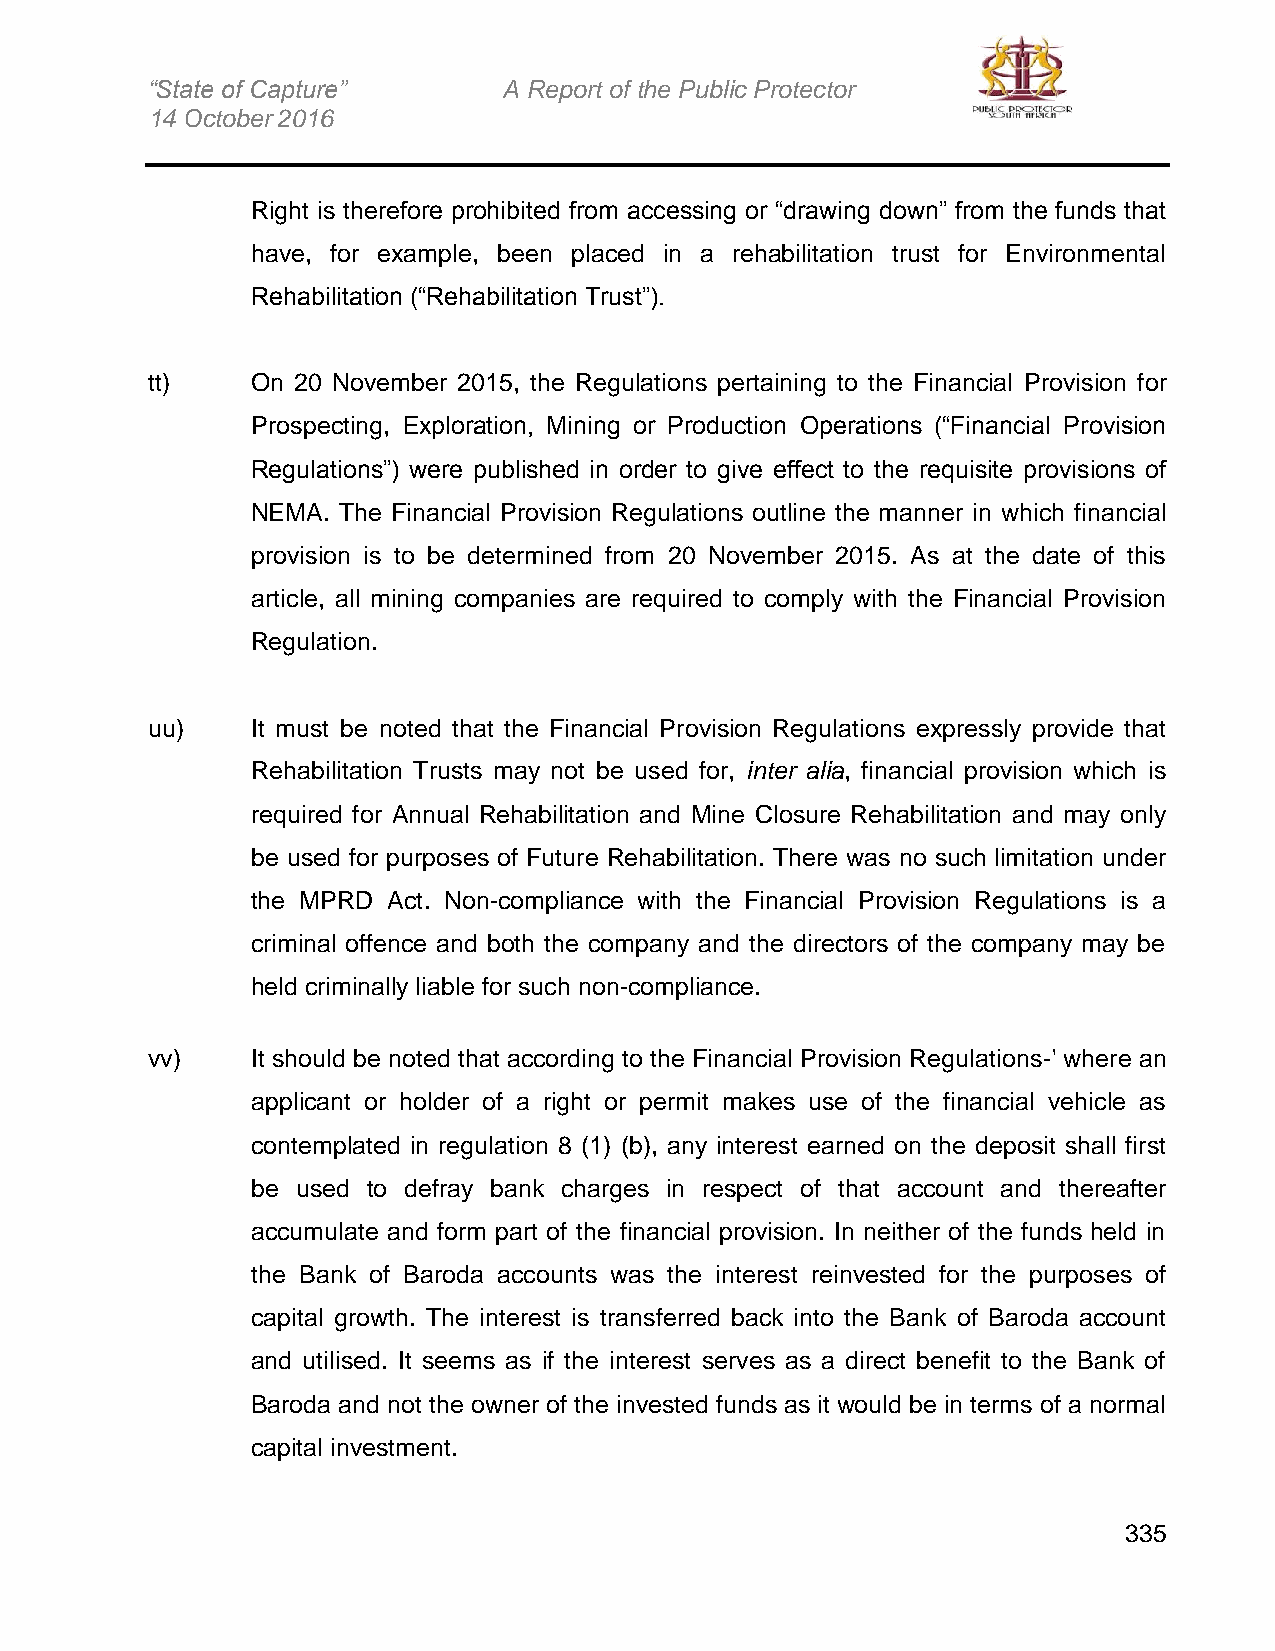
“State of Capture”     A Report of the Public Protector
 14 October 2016
 Right is therefore prohibited from accessing or “drawing down” from the funds that
 have, for example, been placed in a rehabilitation trust for Environmental
 Rehabilitation (“Rehabilitation Trust”).
 tt)    On 20 November 2015, the Regulations pertaining to the Financial Provision for
 Prospecting, Exploration, Mining or Production Operations (“Financial Provision
 Regulations”) were published in order to give effect to the requisite provisions of
 NEMA. The Financial Provision Regulations outline the manner in which financial
 provision is to be determined from 20 November 2015. As at the date of this
 article, all mining companies are required to comply with the Financial Provision
 Regulation.
 uu)    It must be noted that the Financial Provision Regulations expressly provide that
 Rehabilitation Trusts may not be used for, inter alia, financial provision which is
 required for Annual Rehabilitation and Mine Closure Rehabilitation and may only
 be used for purposes of Future Rehabilitation. There was no such limitation under
 the MPRD Act. Non-compliance with the Financial Provision Regulations is a
 criminal offence and both the company and the directors of the company may be
 held criminally liable for such non-compliance.
 vv)    It should be noted that according to the Financial Provision Regulations-' where an
 applicant or holder of a right or permit makes use of the financial vehicle as
 contemplated in regulation 8 (1) (b), any interest earned on the deposit shall first
 be used to defray bank charges in respect of that account and thereafter
 accumulate and form part of the financial provision. In neither of the funds held in
 the Bank of Baroda accounts was the interest reinvested for the purposes of
 capital growth. The interest is transferred back into the Bank of Baroda account
 and utilised. It seems as if the interest serves as a direct benefit to the Bank of
 Baroda and not the owner of the invested funds as it would be in terms of a normal
 capital investment.
 335